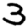
Digit: 3